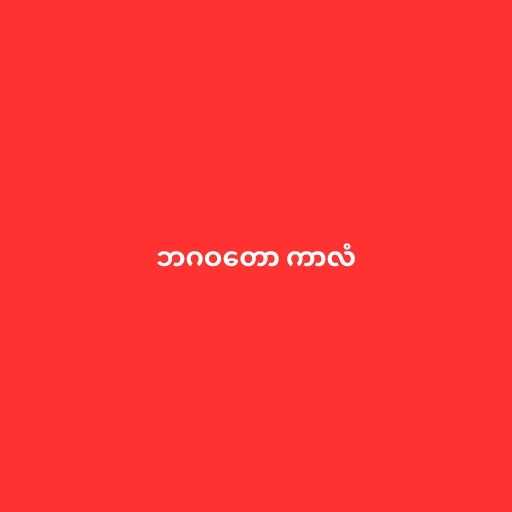
ဘဂဝတော ကာလံ